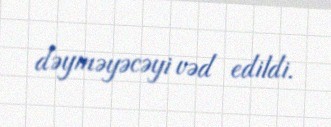
dəyməyəcəyi vəd edildi.